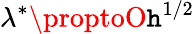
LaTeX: \lambda^{*}\proptoO\mathtt{h}^{1/2}